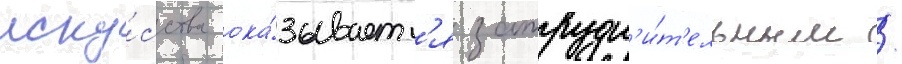
иску́сства ока́зываетс'я затрудн'и́т'ельным /